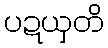
ပဍယှတိ